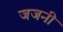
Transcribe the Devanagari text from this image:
जजनी